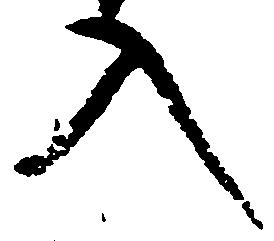
入